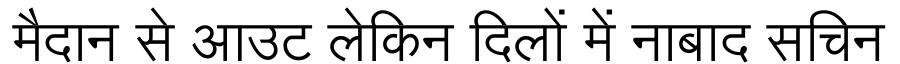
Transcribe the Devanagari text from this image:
मैदान से आउट लेकिन दिलों में नाबाद सचिन